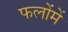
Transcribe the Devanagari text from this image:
फलोंमें